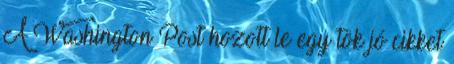
A Washington Post hozott le egy tök jó cikket